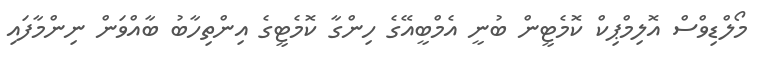
މޯލްޑިވްސް އޮލިމްޕިކް ކޮމެޓީން ބުނީ އެމްބީއޭގެ ހިންގާ ކޮމެޓީގެ އިންތިހާބު ބާއްވަން ނިންމާފައި